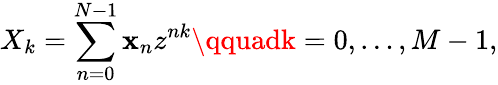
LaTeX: X_{k}=\sum_{n=0}^{N-1}\mathbf{x}_{n}z^{nk}\qquadk=0,\dots,M-1,